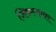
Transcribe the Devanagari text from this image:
जिकल्यावर